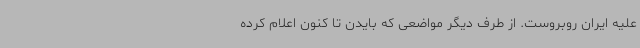
علیه ایران روبروست. از طرف دیگر مواضعی که بایدن تا کنون اعلام کرده